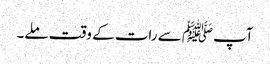
آپﷺ سے رات کے وقت ملے۔